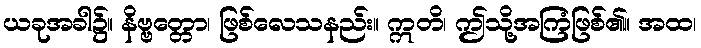
ယခုအခါ၌။ နိဗ္ဗတ္တော၊ ဖြစ်လေသနည်း။ ဣတိ၊ ဤသို့အကြံဖြစ်၏။ အထ၊